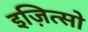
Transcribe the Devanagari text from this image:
इज़ित्सो